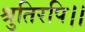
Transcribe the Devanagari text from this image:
श्रुतिरपि।।